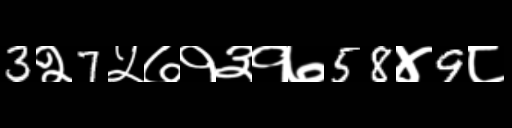
Text: 3२7५७१३१७58४9८